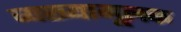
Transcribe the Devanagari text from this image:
व्यख्यामूलक